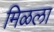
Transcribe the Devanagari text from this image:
मिळला